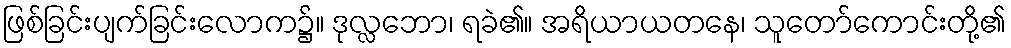
ဖြစ်ခြင်းပျက်ခြင်းလောက၌။ ဒုလ္လဘော၊ ရခဲ၏။ အရိယာယတနေ၊ သူတော်ကောင်းတို့၏